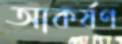
আকর্ষণ